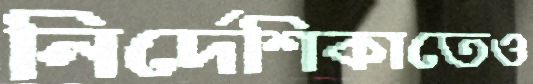
নির্দেশিকাতেও